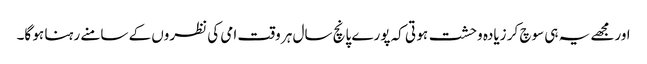
اورمجھے یہ ہی سوچ کر زیادہ وحشت ہو تی کہ پورے پانچ سال ہر وقت امی کی نظروں کے سامنے رہنا ہو گا۔